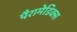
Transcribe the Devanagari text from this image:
पैरामेडिक्स